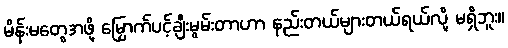
မိန်းမတွေအဖို့ မြှောက်ပင့်ချီးမွမ်းတာဟာ နည်းတယ်များတယ်ရယ်လို့ မရှိဘူး။